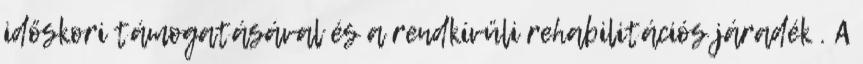
időskori támogatásával és a rendkívüli rehabilitációs járadék . A